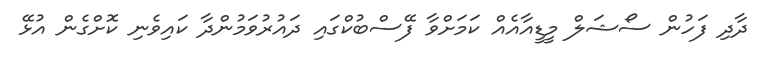
ދާދި ފަހުން ސޯޝަލް މީޑީއާއެއް ކަމަށްވާ ފޭސްބުކްގައި ދައުރުވަމުންދާ ކައިވެނި ކޮށްގެން އުޅޭ